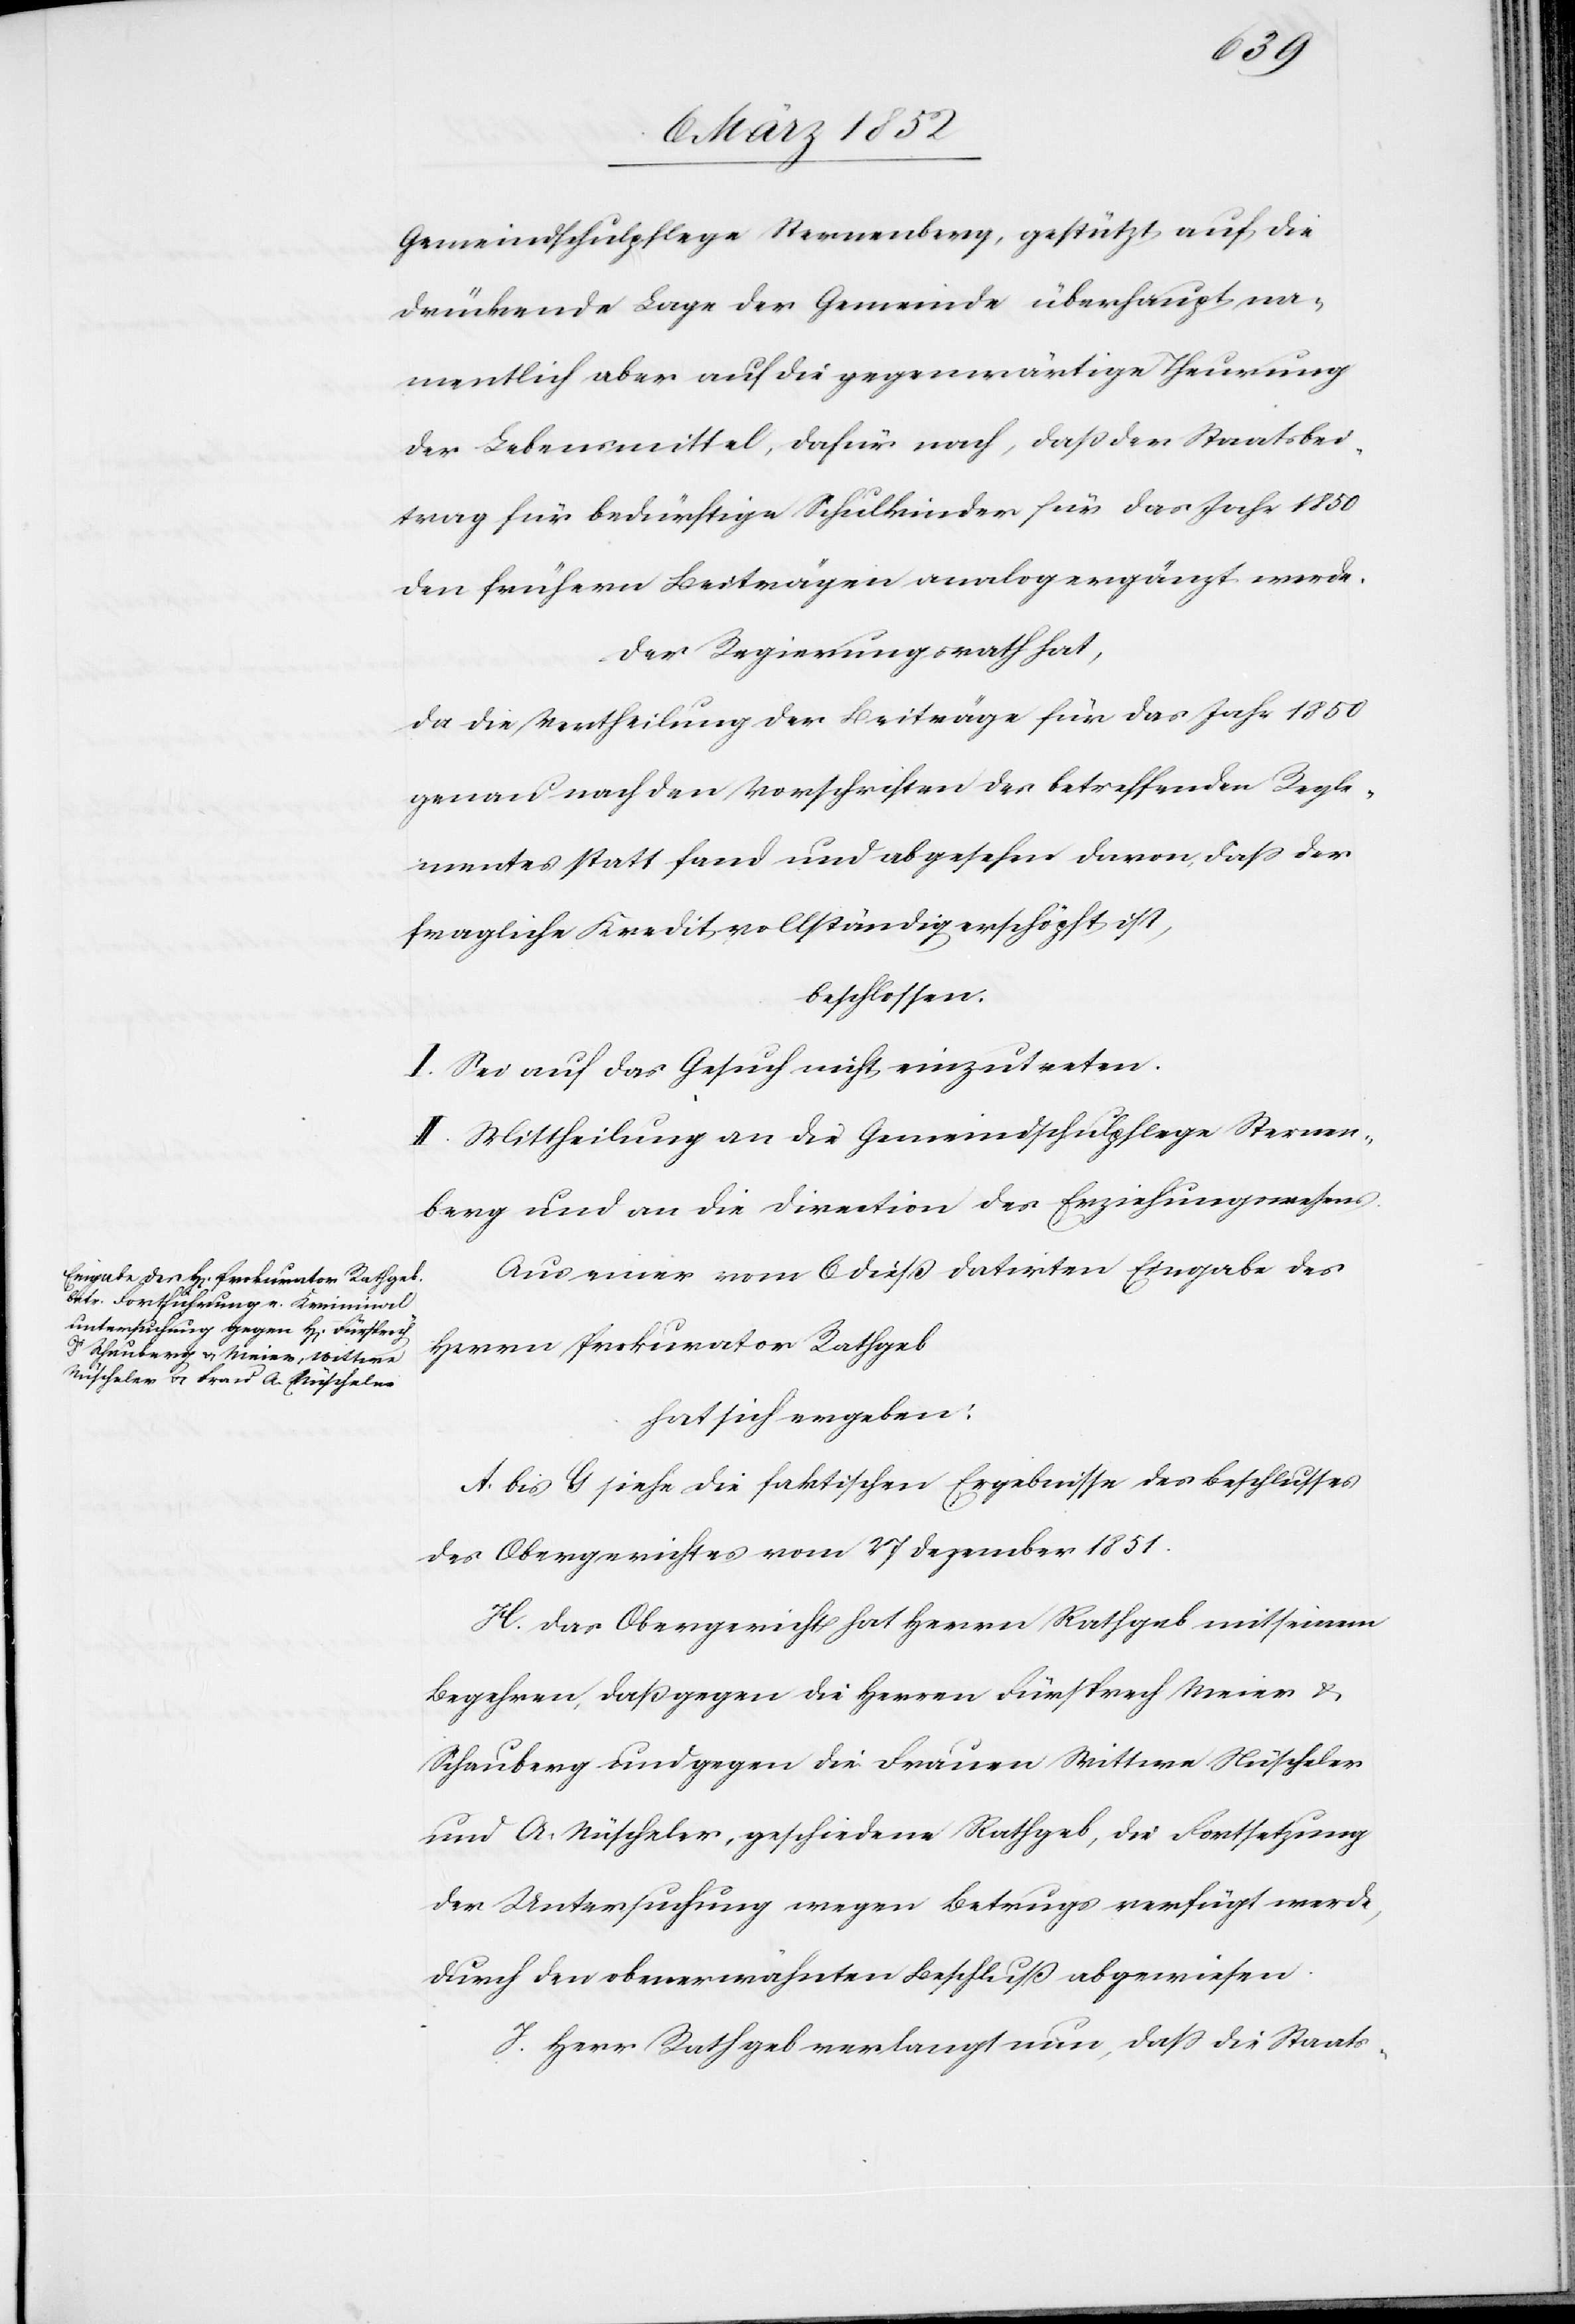
Gemeindschulpflege Sternenberg, gestützt auf die
drückende Lage der Gemeinde überhaupt na¬
mentlich aber auf die gegenwärtige Theurung
der Lebensmittel, dafür nach, daß der Staatsbei¬
trag für bedürftige Schulkinder für das Jahr 1850
den frühern Beiträgen analog ergänzt werde.
Der Regierungsrath hat,
da die Vertheilung der Beiträge für das Jahr 1850
genau nach den Vorschriften des betreffenden Regle¬
mentes statt fand und abgesehen davon, daß der
fragliche Kredit vollständig erschöpft ist,
beschlossen.
I. Sei auf das Gesuch nicht einzutreten.
II. Mittheilung an die Gemeindschulpflege Sternen¬
berg und an die Direction des Erziehungswesens.
Aus einer vom 6 dieß datirten Eingabe des
Herrn Prokurator Rathgeb
hat sich ergeben:
A. bis G siehe die faktischen Ergebnisse des Beschlußes
des Obergerichtes vom 27 Dezember 1851.
H. Das Obergericht hat Herrn Rathgeb mit seinem
Begehren, daß gegen die Frauen Wittwe Nüscheler
und A. Nüscheler, geschiedene Rathgeb, die Fortsetzung
der Untersuchung wegen Betrugs verfügt werde,
durch den obenerwähnten Beschluß abgewiesen.
I. Herr Rathgeb verlangt nun, daß die Staats-